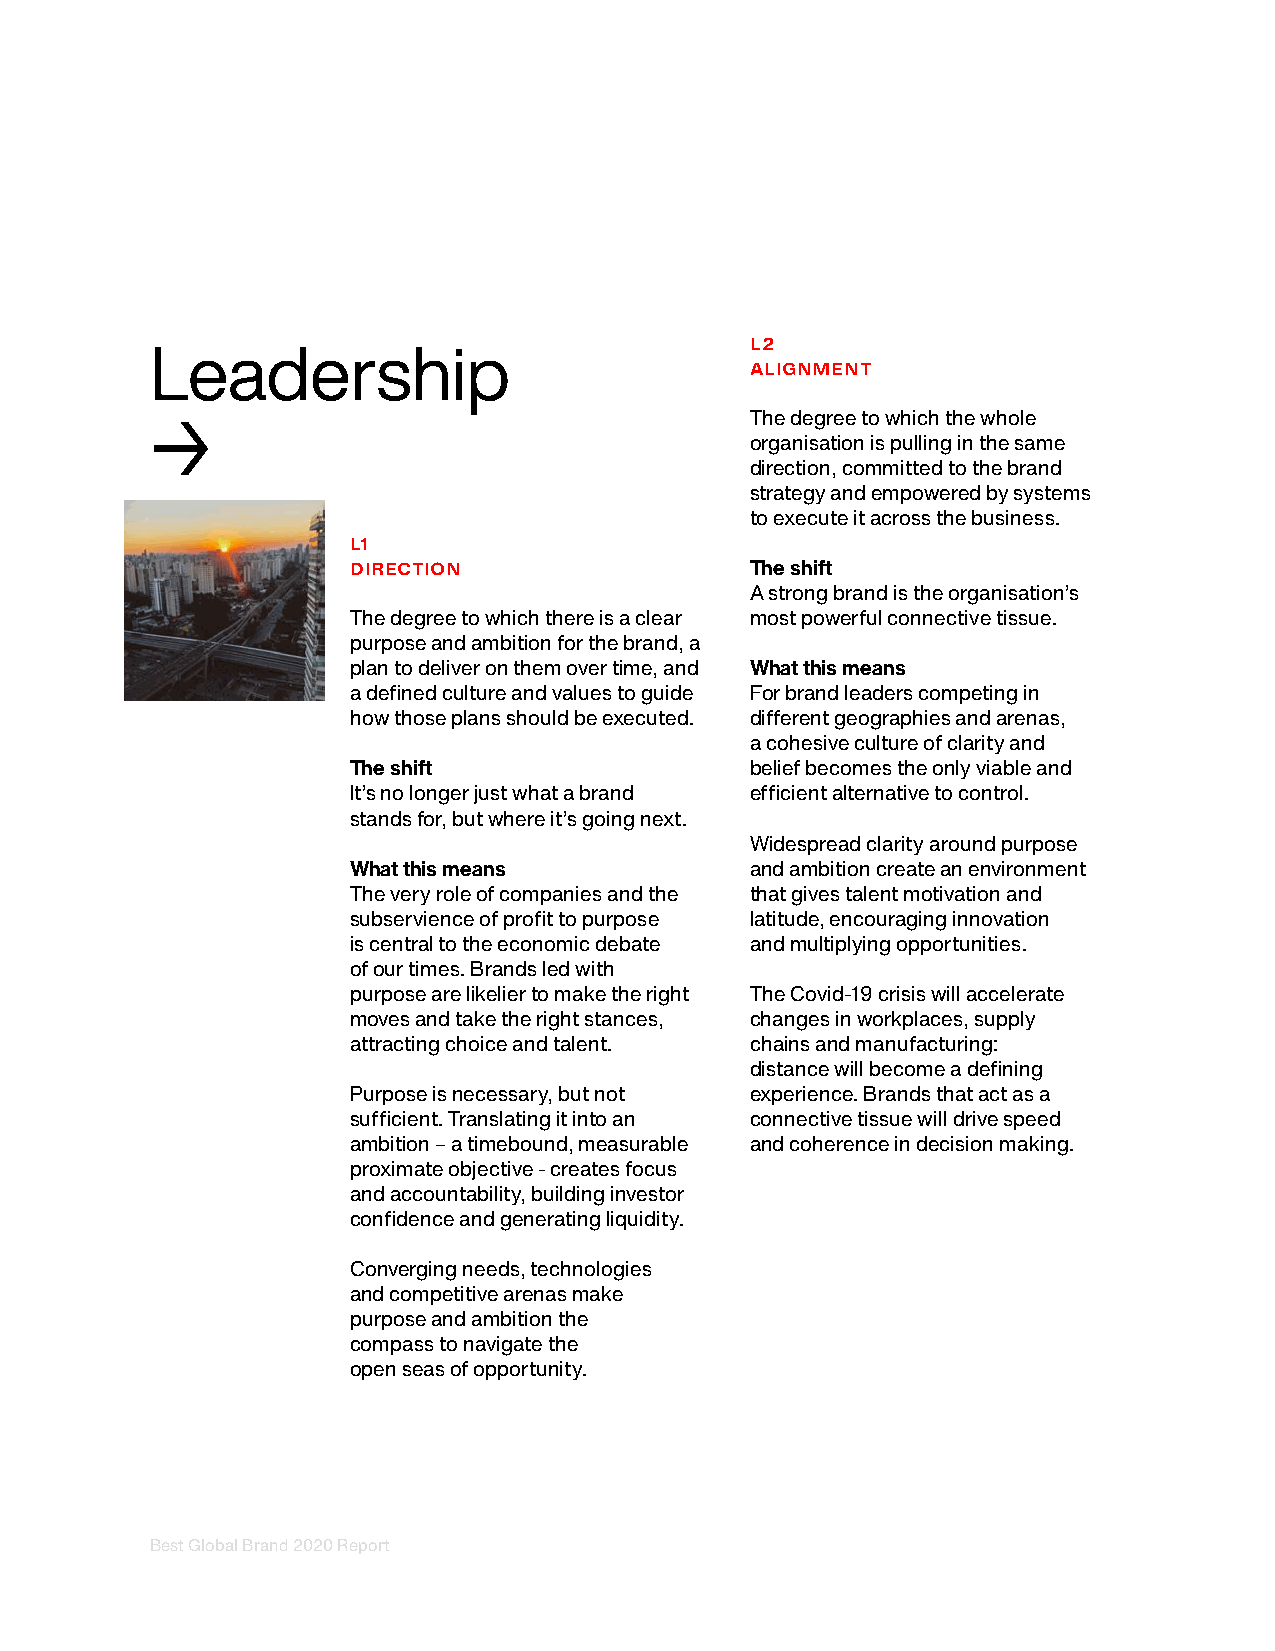
L2
 Leadership
 ALIGNMENT
 The degree to which the whole
 →
 organisation is pulling in the same
 direction, committed to the brand
 strategy and empowered by systems
 to execute it across the business.
 L1
 DIRECTION                  The shift
 A strong brand is the organisation’s
 The degree to which there is a clear most powerful connective tissue.
 purpose and ambition for the brand, a
 plan to deliver on them over time, and What this means
 a defined culture and values to guide For brand leaders competing in
 how those plans should be executed. different geographies and arenas,
 a cohesive culture of clarity and
 The shift                  belief becomes the only viable and
 It’s no longer just what a brand efficient alternative to control.
 stands for, but where it’s going next.
 Widespread clarity around purpose
 What this means            and ambition create an environment
 The very role of companies and the that gives talent motivation and
 subservience of profit to purpose latitude, encouraging innovation
 is central to the economic debate and multiplying opportunities.
 of our times. Brands led with
 purpose are likelier to make the right The Covid-19 crisis will accelerate
 moves and take the right stances, changes in workplaces, supply
 attracting choice and talent. chains and manufacturing:
 distance will become a defining
 Purpose is necessary, but not experience. Brands that act as a
 sufficient. Translating it into an connective tissue will drive speed
 ambition – a timebound, measurable and coherence in decision making.
 proximate objective - creates focus
 and accountability, building investor
 confidence and generating liquidity.
 Converging needs, technologies
 and competitive arenas make
 purpose and ambition the
 compass to navigate the
 open seas of opportunity.
 Best Global Brand 2020 Report